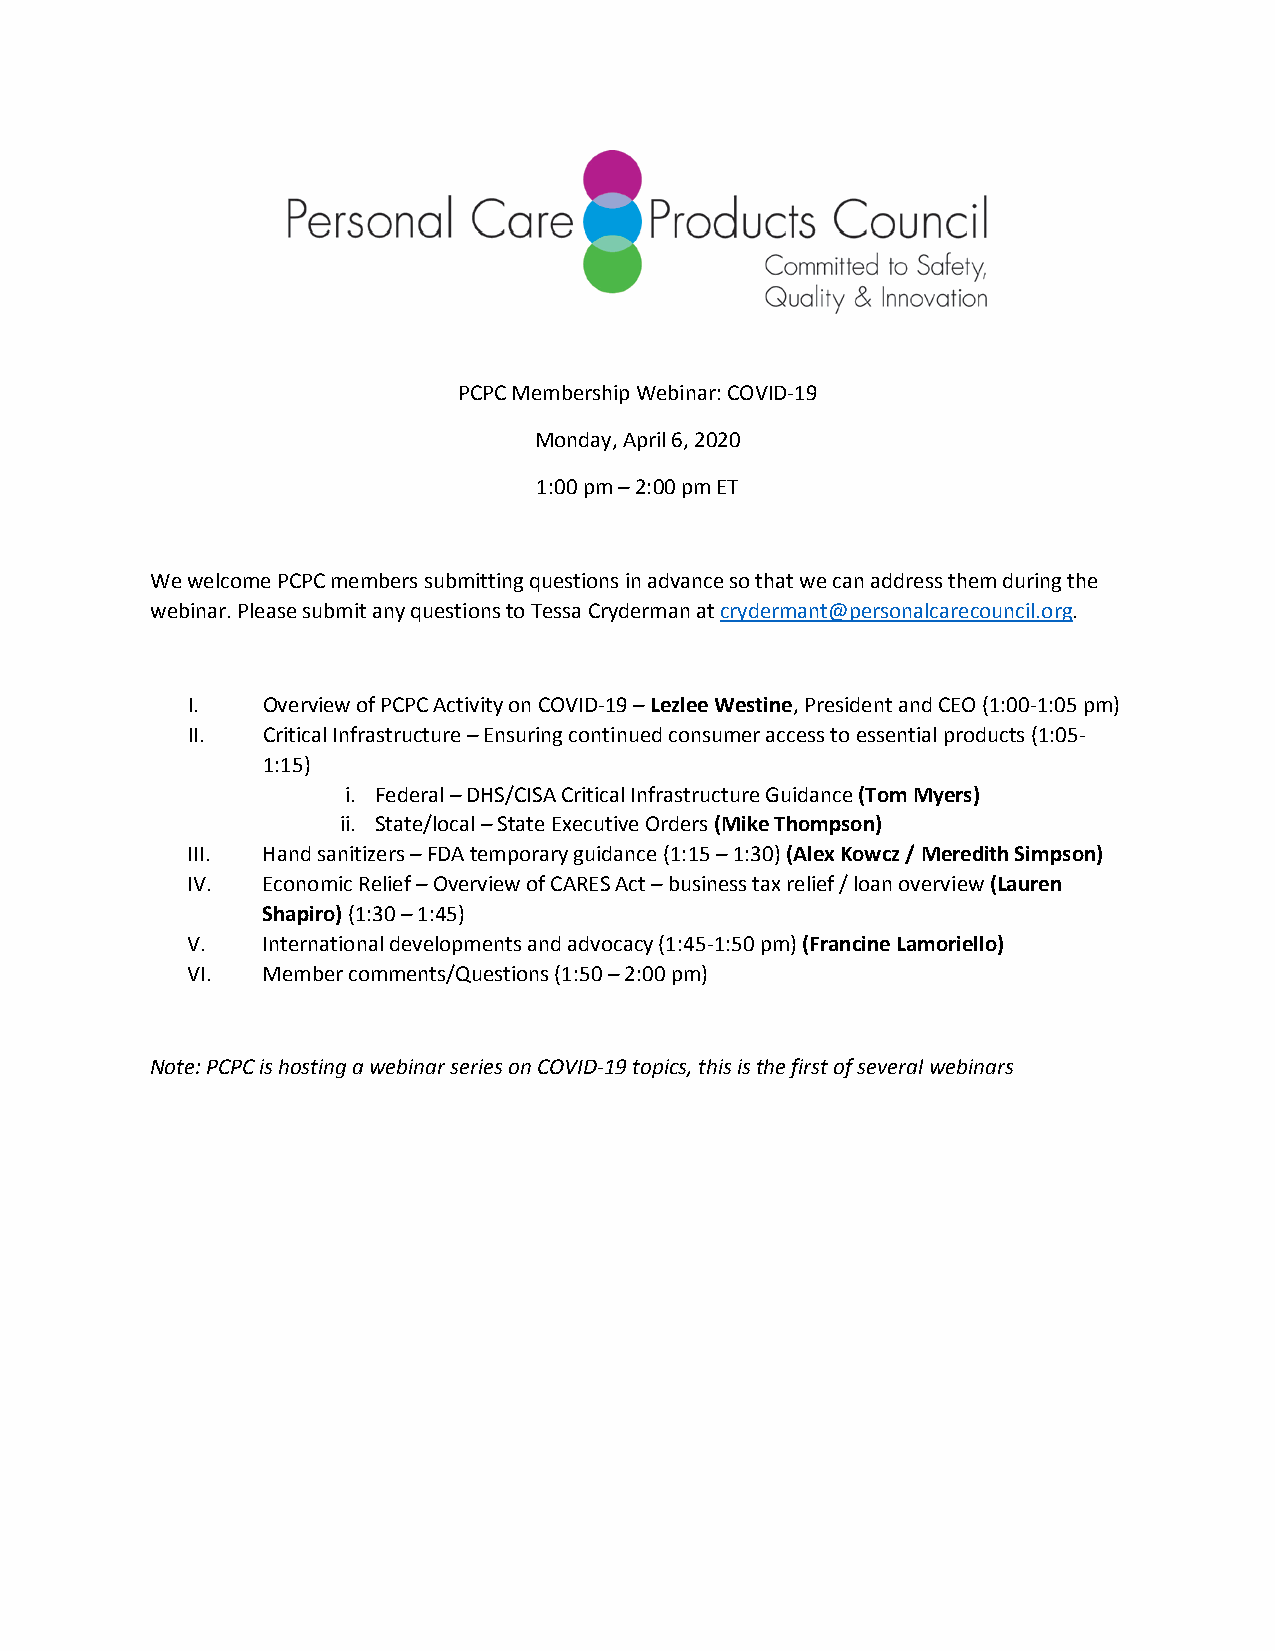
PCPC Membership Webinar: COVID-19
 Monday, April 6, 2020
 1:00 pm – 2:00 pm ET
 We welcome PCPC members submitting questions in advance so that we can address them during the
 webinar. Please submit any questions to Tessa Cryderman at crydermant@personalcarecouncil.org.
 I.   Overview of PCPC Activity on COVID-19 – Lezlee Westine, President and CEO (1:00-1:05 pm)
 II.  Critical Infrastructure – Ensuring continued consumer access to essential products (1:05-
 1:15)
 i. Federal – DHS/CISA Critical Infrastructure Guidance (Tom Myers)
 ii. State/local – State Executive Orders (Mike Thompson)
 III. Hand sanitizers – FDA temporary guidance (1:15 – 1:30) (Alex Kowcz / Meredith Simpson)
 IV.  Economic Relief – Overview of CARES Act – business tax relief / loan overview (Lauren
 Shapiro) (1:30 – 1:45)
 V.   International developments and advocacy (1:45-1:50 pm) (Francine Lamoriello)
 VI.  Member comments/Questions (1:50 – 2:00 pm)
 Note: PCPC is hosting a webinar series on COVID-19 topics, this is the first of several webinars